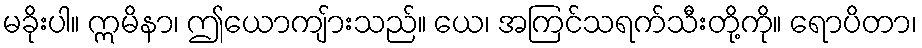
မခိုးပါ။ ဣမိနာ၊ ဤယောကျ်ားသည်။ ယေ၊ အကြင်သရက်သီးတို့ကို။ ရောပိတာ၊